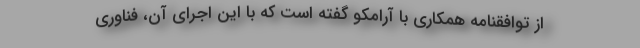
از توافقنامه همکاری با آرامکو گفته است که با این اجرای آن، فناوری